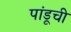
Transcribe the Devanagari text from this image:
पांडूची